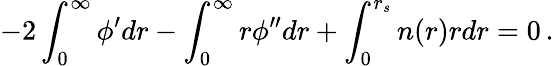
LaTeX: -2\int_{0}^{\infty}\phi^{\prime}dr-\int_{0}^{\infty}r\phi^{\prime\prime}dr+\int_{0}^{r_{s}}n(r)rdr=0\, .